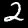
Label: 2